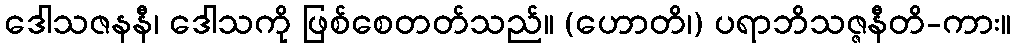
ဒေါသဇနနီ၊ ဒေါသကို ဖြစ်စေတတ်သည်။ (ဟောတိ၊) ပရာဘိသဇ္ဇနီတိ-ကား။